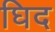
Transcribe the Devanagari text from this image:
घिद